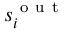
s _ { i } ^ { \mathrm { ~ o ~ u ~ t ~ } }